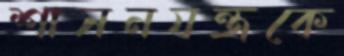
শাসনযন্ত্রকে